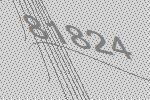
81824